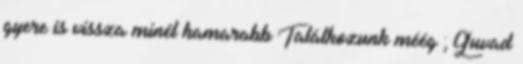
gyere is vissza minél hamarabb Találkozunk méég ; Guvad